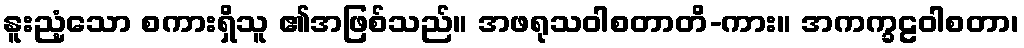
နူးညံ့သော စကားရှိသူ ၏အဖြစ်သည်။ အဖရုသဝါစတာတိ-ကား။ အကက္ခဠဝါစတာ၊